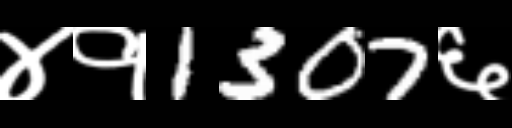
Text: ४१1307६